Annual report on the lock hospitals of the Madras Presidency
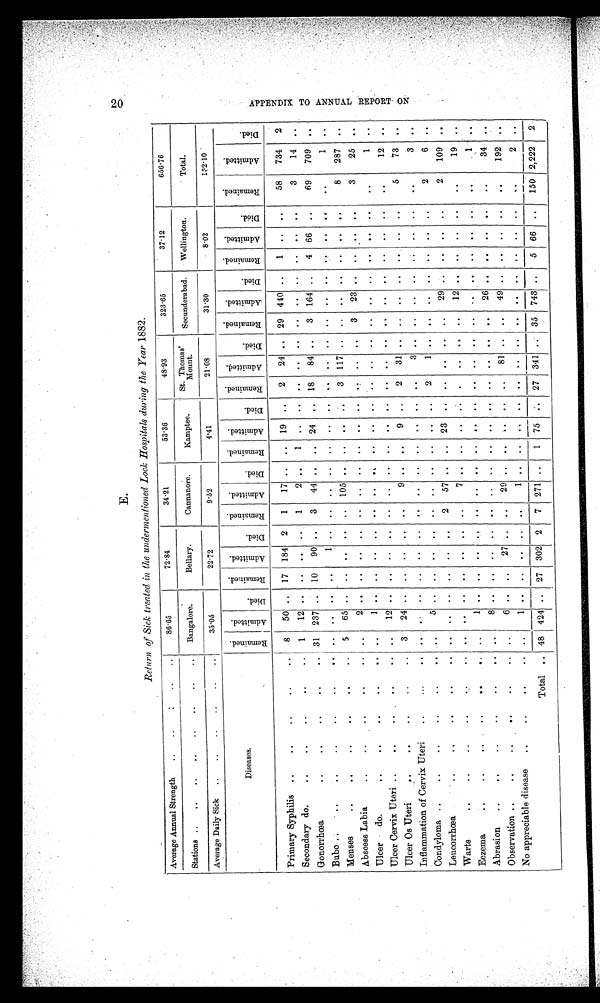
E.
2 0
R e t u r n o f S i c k t r e a t e d i n t h e u n d e r m e n t i o n e d L o c k H o s p i t a l s d u r i n g t h e Y e a r
1 8 8 2 .
Average Annual Strength
..
..
. . . . . .
86.65
72.84
34.21
53.36
48.93
323.65
37.12
656.76
Stations ..
..
..
..
..
..
..
..
Bangalore.
Bellary.
Cannanore.
Kamptee.
St. Thomas'
Mount.
Secunderabad.
Wellington.
Total.
Average Daily Sick ..
..
..
35.05
22.72
9.52
4.41
21.08
31.30
8.02
132.10
Diseases.
R e m a i n e d .
A d m i t t e d .
Died.
R e m a i n e d .
A d m i t t e d .
Di e d .
R e m a i n e d .
A d m i t t e d .
Di e d.
R e m a i n e d .
Admi t t e d.
Di ed.
R e m a i n e d .
A d mi t t e d .
D i e d .
R e m a i n e d .
A d m i t t e d .
D i e d .
R e m a i n e d .
Admi t t e d.
Died.
R e m a i n e d .
A d m i t t e d .
Died.
Primary Syphilis ..
..
..
..
..
8
50 .. 17 184 2
1
17 .. .. 19 ..
2
24 .. 29 440 ..
1 ..
. .
58
734
2
Secondary do.
..
..
..
..
..
1
12 .. .. .. ..
1
2 .. ..
.. ..
..
.. ..
..
.. ..
..
.. ..
3
14 ..
Gonorrhœa
..
..
..
..
.. 31 237 ..
10
90 ..
3
44 .. .. 24
..
18
84 . .
3 164 ..
4 66 ..
69
709 ..
Bubo ..
..
..
..
..
..
..
..
.. ..
1 ..
..
..
..
..
.. ..
..
.. ..
..
.. ..
..
..
. .
..
1 ..
Menses
..
..
..
..
..
..
5
65 ..
..
.. ..
.. 105 .. .. ..
..
3 117 .. ..
.. .. .. ..
..
8
287 ..
Abscess Labia
..
..
..
..
..
2 .. ..
.. ..
..
..
..
..
.. ..
..
..
. .
3
23 .. .. .. ..
3
25 ..
Ulcer
do.
..
..
..
..
.. ..
1 .. ..
.. ..
..
..
..
..
.. ..
..
.. ..
..
.. ..
..
.. ..
..
1 ..
Ulcer Cervix Uteri ..
..
.. . ..
.. ..
1 2
.. ..
.. ..
..
..
..
..
.. ..
..
.. ..
..
.. ..
..
.. ..
. .
12 ..
Ulcer Os Uteri
..
..
..
..
..
3
24 .. .. ..
..
..
9 ..
. .
9 ..
2
3 1
..
..
.. ..
..
..
. .
5
73 ..
Inflammation of Cervix Uteri
..
...
..
..
.. ..
.. ..
..
..
..
..
.. ..
..
3 ..
..
.. ..
..
.. ..
..
3 ..
Condyloma ..
..
..
..
..
.. ..
5 .. ..
.. ..
..
..
..
..
.. ..
2
1 ..
..
.. ..
..
.. ..
2
6 ..
Leucorrhœa
..
..
..
..
..
..
.. ..
.. ..
2
57 .. .. 23 .. .. .. .. ..
29 ..
..
.. ..
2
109 ..
Warts
..
..
..
..
..
..
..
.. ..
.. ..
..
7 ..
..
.. ..
..
.. ..
..
1 2
..
..
.. ..
..
19 ..
Eczema
..
..
..
..
.. ..
1 .. ..
.. ..
..
..
..
..
.. ..
..
.. ..
..
.. ..
..
.. ..
. .
1 ..
Abrasion
..
..
..
..
..
.. ..
8 .. ..
.. ..
..
..
..
..
.. ..
..
.. ..
..
26 ..
..
..
. .
. .
34 ..
Observation ..
..
..
..
..
..
. .
6 .. ..
27 .. ..
29 .. .. .. ..
..
81 .. ..
49 .. ..
.. ..
..
192 ..
No appreciable disease
..
..
..
.. ..
1 .. ..
.. ..
..
1 ..
..
.. ..
..
.. ..
..
.. ..
..
.. ..
..
2 ..
Total .. 48 424 .. 27 302 2
7 271 ..
1 75 ..
27 341 .. 35 743 . .
5 66 ..
150 2,222
2
A P P E N D I X T O A N N U A L R E P O R T O N